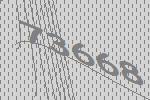
73668